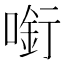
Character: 𠼫